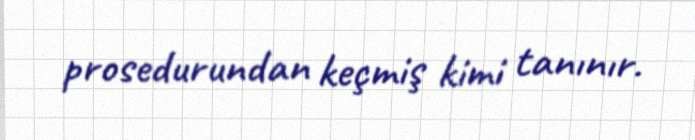
prosedurundan keçmiş kimi tanınır.